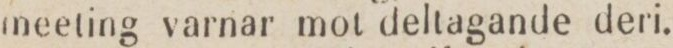
meeting varnar mot deltagande deri.